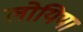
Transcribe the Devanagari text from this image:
लोयिया